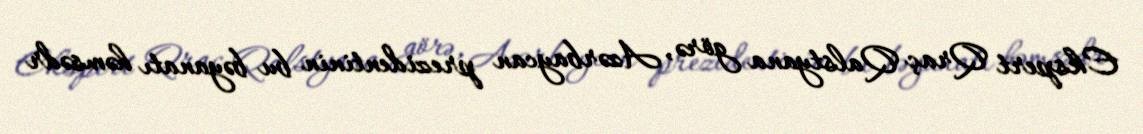
Ekspert Qraç Qalstyana görə, Azərbaycan prezidentinin bu bəyanatı həmsədr